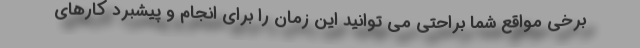
برخی مواقع شما براحتی می توانید این زمان را برای انجام و پیشبرد کارهای